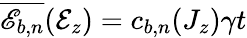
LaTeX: \overline{{\mathscr{E}_{b,n}}}(\mathcal{E}_{z})=c_{b,n}(J_{z})\gamma t